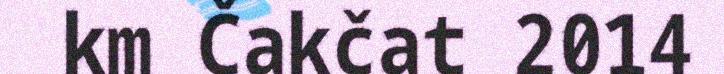
km Čakčat 2014